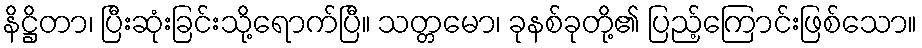
နိဋ္ဌိတာ၊ ပြီးဆုံးခြင်းသို့ရောက်ပြီ။ သတ္တမော၊ ခုနစ်ခုတို့၏ ပြည့်ကြောင်းဖြစ်သော။